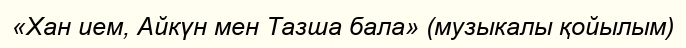
«Хан ием, Айкүн мен Тазша бала» (музыкалы қойылым)